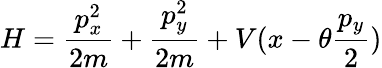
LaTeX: H=\frac{p_{x}^{2}}{2m}+\frac{p_{y}^{2}}{2m}+V(x-\theta\frac{p_{y}}{2})